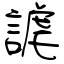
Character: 謔